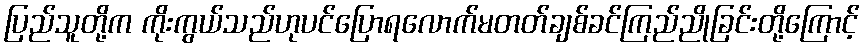
ပြည်သူတို့က ကိုးကွယ်သည်ဟုပင်ပြောရလောက်မတတ်ချစ်ခင်ကြည်ညိုခြင်းတို့ကြောင့်